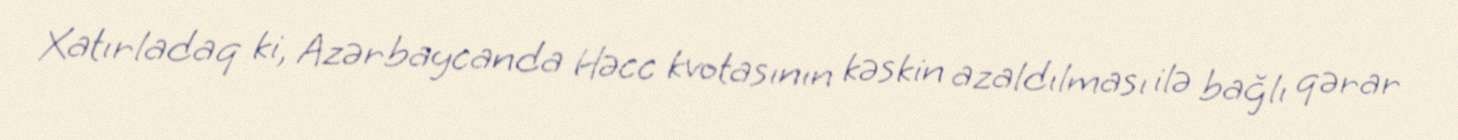
Xatırladaq ki, Azərbaycanda Həcc kvotasının kəskin azaldılması ilə bağlı qərar